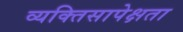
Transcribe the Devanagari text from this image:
व्यक्तिसापेक्षता